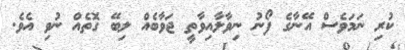
ކުރި ނަމަވެސް އޭނާގެ ފޯނު ނިވާލާއިވާތީ ޖަވާބެއް ލިބޭ ގޮތެއް ނުވި އެވެ.